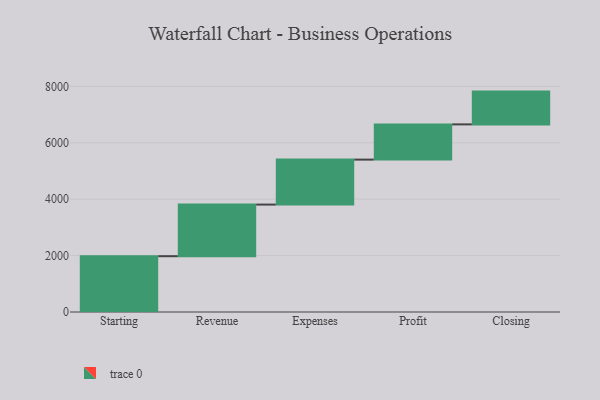
{"axis": {"x": "Step", "y": "Value"}, "legend": [""], "data": [{"x": "Starting", "y": 1978.0, "type": ""}, {"x": "Revenue", "y": 1830.0, "type": ""}, {"x": "Expenses", "y": 1594.0, "type": ""}, {"x": "Profit", "y": 1249.0, "type": ""}, {"x": "Closing", "y": 1162.0, "type": ""}]}